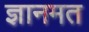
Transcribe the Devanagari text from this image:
ज्ञानमत